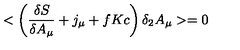
< \left( \frac { \delta S } { \delta A _ { \mu } } + j _ { \mu } + f K c \right) \delta _ { 2 } A _ { \mu } > = 0